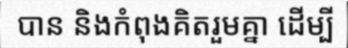
បាន និងកំពុងគិតរួមគ្នា ដើម្បី